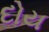
દોય